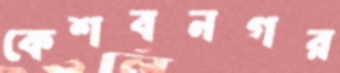
কেশবনগর